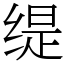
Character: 缇